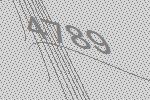
4789